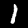
Digit: 1